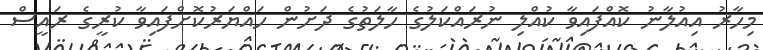
މިހާރު އިއުލާނު ކޮއްފައިވާ ކުއްލި ނުރައްކަލުގެ ހާލަތުގެ ދަށުން ހައްޔަރުކޮށްފައިވާ ކުރީގެ ރައީސް